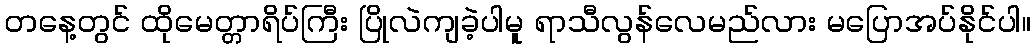
တနေ့တွင် ထိုမေတ္တာရိပ်ကြီး ပြိုလဲကျခဲ့ပါမူ ရာသီလွန်လေမည်လား မပြောအပ်နိုင်ပါ။